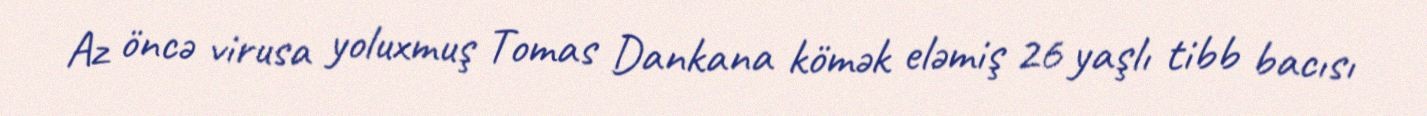
Az öncə virusa yoluxmuş Tomas Dankana kömək eləmiş 26 yaşlı tibb bacısı